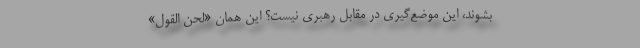
بشوند، این موضع‌گیری در مقابل رهبری نیست؟ این همان «لَحْنِ الْقَوْلِ»